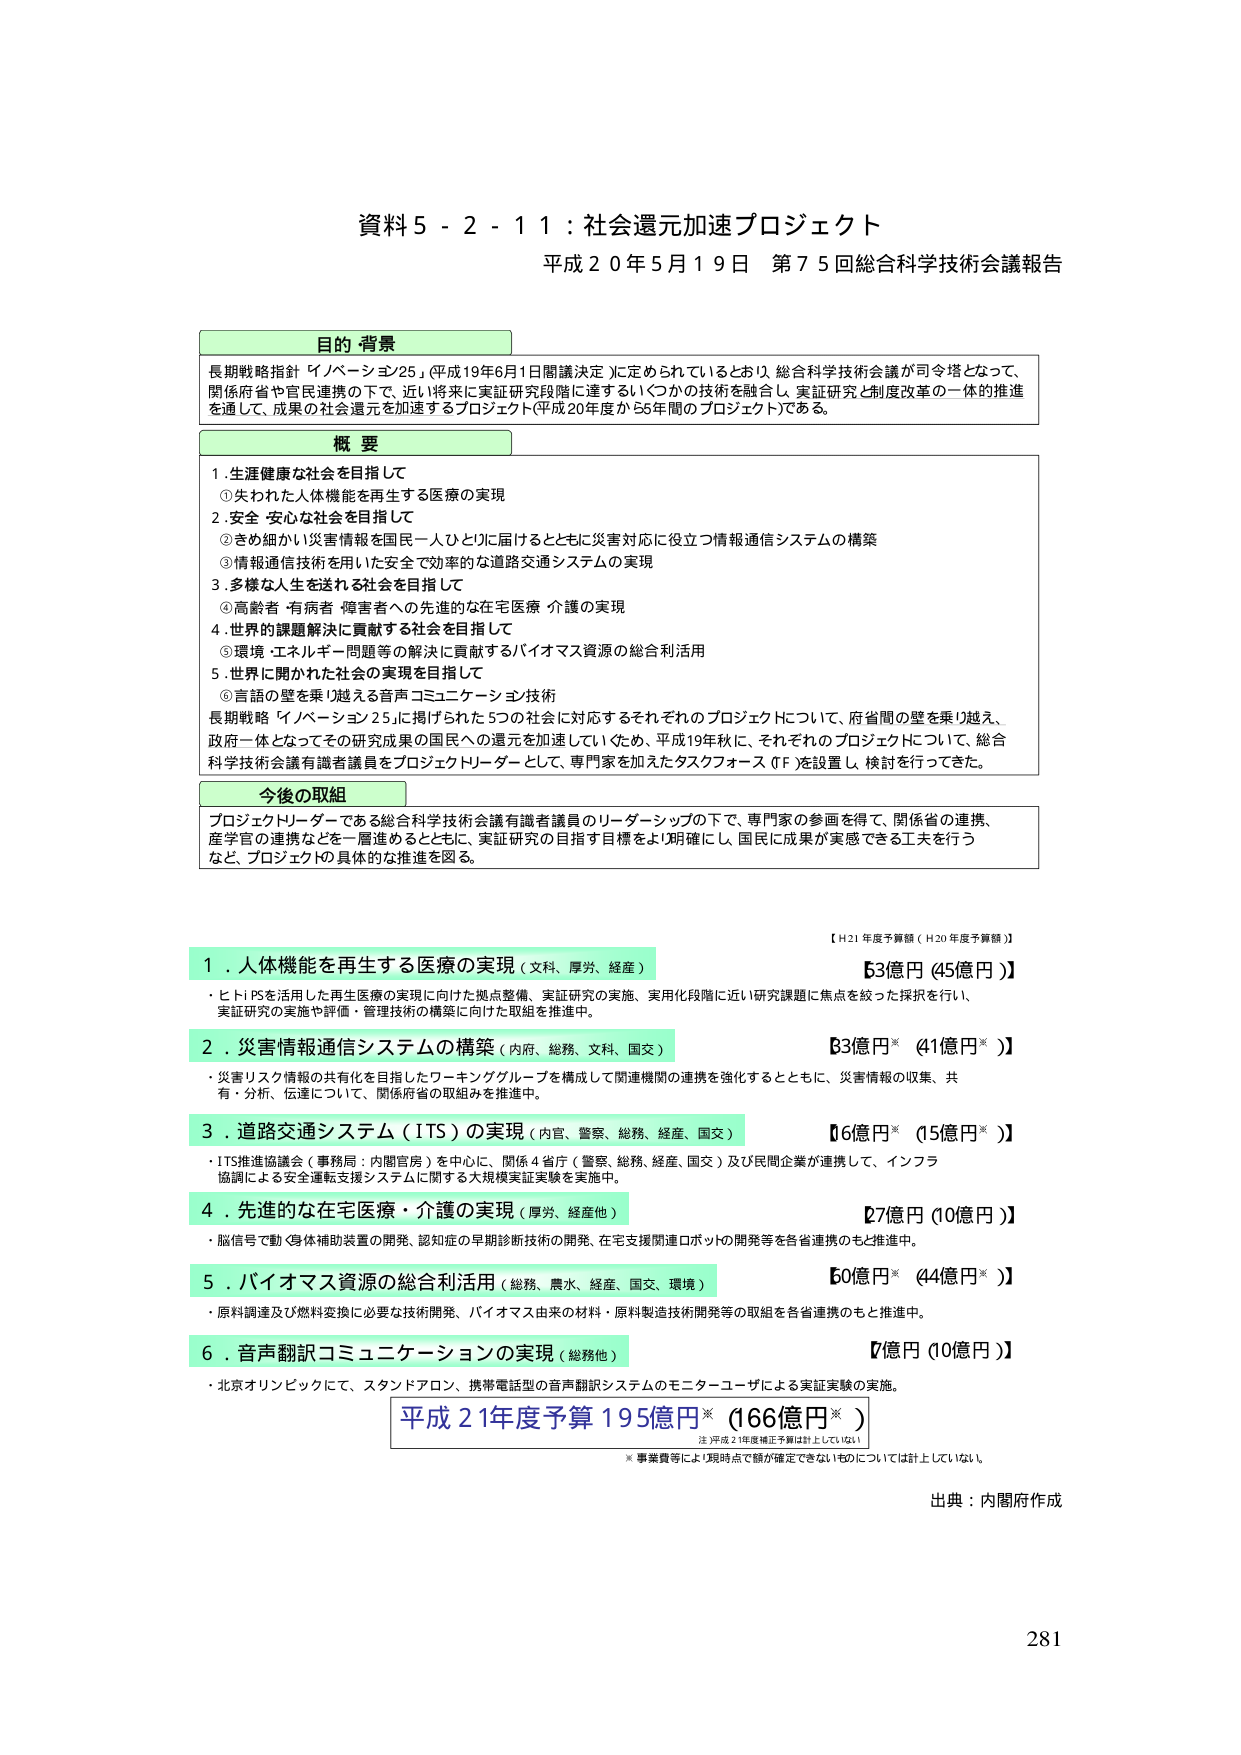
資料５－２－１１：社会還元加速プロジェクト
平成２０年５月１９日 第７５回総合科学技術会議報告

目的・背景
長期戦略指針「イノベーション25」（平成19年6月1日閣議決定）に定められているとおり、総合科学技術会議が司令塔となって、関係府省や官民連携の下で、近い将来に実証研究段階に達するいくつかの技術を融合し、実証研究と制度改革の一体的推進を通じて、成果の社会還元を加速するプロジェクト（平成20年度から5年間のプロジェクト）である。

概要
１．生涯健康な社会を目指して
　①失われた人体機能を再生する医療の実現
２．安全・安心な社会を目指して
　②きめ細かい災害情報を国民一人ひとりに届けるとともに災害対応に役立つ情報通信システムの構築
　③情報通信技術を用いた安全で効率的な道路交通システムの実現
３．多様な人生を送れる社会を目指して
　④高齢者・有病者・障害者への先進的な在宅医療・介護の実現
４．世界的課題解決に貢献する社会を目指して
　⑤環境・エネルギー問題等の解決に貢献するバイオマス資源の総合利活用
５．世界に開かれた社会の実現を目指して
　⑥言語の壁を乗り越える音声コミュニケーション技術
長期戦略「イノベーション25」に掲げられた5つの社会に対応するそれぞれのプロジェクトについて、府省間の壁を乗り越え、政府一体となってその研究成果の国民への還元を加速していくため、平成19年秋に、それぞれのプロジェクトについて、総合科学技術会議有識者議員をプロジェクトリーダーとして、専門家を加えたタスクフォース（TF）を設置し、検討を行ってきた。

今後の取組
プロジェクトリーダーである総合科学技術会議有識者議員のリーダーシップの下で、専門家の参画を得て、関係省の連携、産学官の連携などを一層進めるとともに、実証研究の目指す目標をより明確にし、国民に成果が実感できる工夫を行うなど、プロジェクトの具体的な推進を図る。

【H21年度予算額（H20年度予算額）】
１．人体機能を再生する医療の実現（文科、厚労、経産）　　53億円（45億円）
　・ヒトiPSを活用した再生医療の実現に向けた拠点整備、実証研究の実施、実用化段階に近い研究課題に焦点を絞った採択を行い、実証研究の実施や評価・管理技術の構築に向けた取組を推進中。

２．災害情報通信システムの構築（内府、総務、文科、国交）　　33億円*（41億円*）
　・災害リスク情報の共有化を目指したワーキンググループを構成して関連機関の連携を強化するとともに、災害情報の収集、共有、分析、伝達について、関係府省の取組みを推進中。

３．道路交通システム（ITS）の実現（内官、警察、総務、経産、国交）　　6億円*（15億円*）
　・ITS推進協議会（事務局：内閣官房）を中心に、関係4省庁（警察、総務、経産、国交）及び民間企業が連携して、インフラ協調による安全運転支援システムに関する大規模実証実験を実施中。

４．先進的な在宅医療・介護の実現（厚労、経産他）　　27億円（10億円）
　・脳信号で動く身体補助装置の開発、認知症の早期診断技術の開発、在宅支援関連ロボットの開発等を各省連携のもと推進中。

５．バイオマス資源の総合利活用（総務、農水、経産、国交、環境）　　50億円*（44億円*）
　・原料調達及び燃料変換に必要な技術開発、バイオマス由来の材料・原料製造技術開発等の取組を各省連携のもと推進中。

６．音声翻訳コミュニケーションの実現（総務他）　　7億円（10億円）
　・北京オリンピックにて、スタンドアロン、携帯電話型の音声翻訳システムのモニターユーザによる実証実験の実施。

平成21年度予算 195億円*（166億円*）
　注：平成21年度補正予算は計上していない
　※事業費等により現時点で額が確定できないものについては計上していない

出典：内閣府作成
281